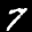
Label: 7